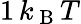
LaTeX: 1\, k_{\mathrm{~B~}}T